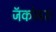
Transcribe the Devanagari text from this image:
जॅकोबस